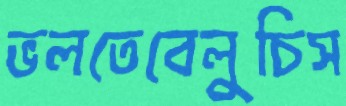
ভলতেবেলুচিস